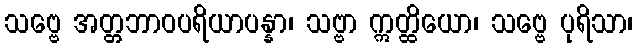
သဗ္ဗေ အတ္တဘာဝပရိယာပန္နာ၊ သဗ္ဗာ ဣတ္ထိယော၊ သဗ္ဗေ ပုရိသာ၊